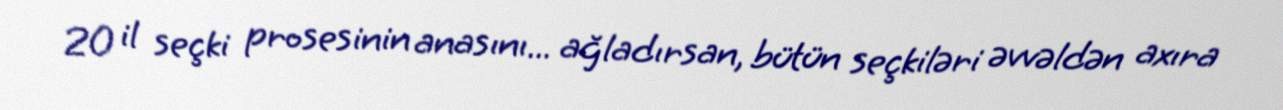
20 il seçki prosesinin anasını... ağladırsan, bütün seçkiləri əvvəldən axıra